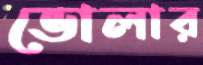
ভোলার